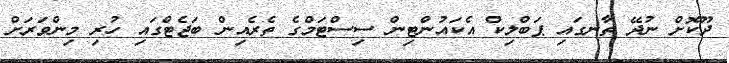
ދޫކޮށް ނުދޭ ތާނގައި ޕަބްލިކް އެކައުންޓިން ސިސްޓަމްގެ ތެރެއިން ބަޖެޓްގައި ހުރި މިންވަރަށް